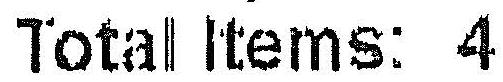
TOTAL ITEMS: 4